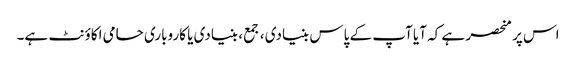
اس پر منحصر ہے کہ آیا آپ کے پاس بنیادی ، جمع ، بنیادی یا کاروباری حامی اکاؤنٹ ہے۔